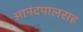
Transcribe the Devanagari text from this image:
आनंदपालसह